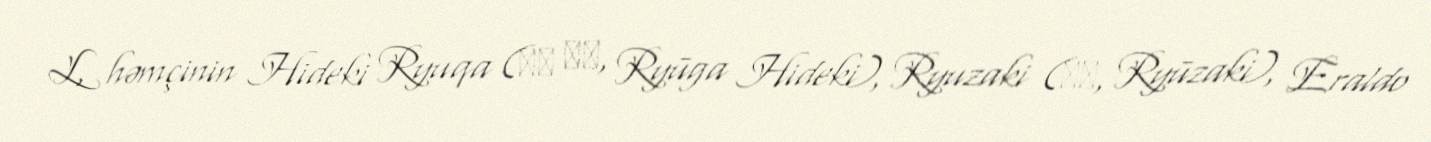
L, həmçinin Hideki Ryuqa (流河 旱樹, Ryūga Hideki), Ryuzaki (竜崎, Ryūzaki), Eraldo